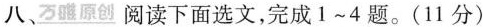
八、\underline{万雅原创} 阅读下面选文,完成1～4题。(11分)